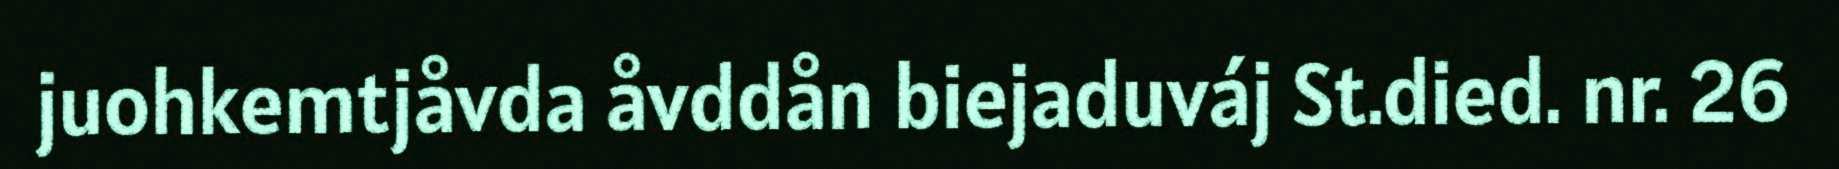
juohkemtjåvda åvddån biejaduváj St.died. nr. 26